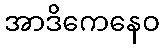
အာဒိကေနေဝ